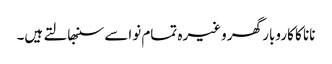
نانا کا کاروبار گھر وغیرہ تمام نواسے سنبھالتے ہیں۔